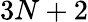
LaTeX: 3N+2